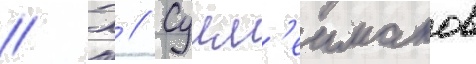
// Х // Сулм'еиманов